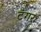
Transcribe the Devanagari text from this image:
टंगर